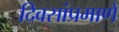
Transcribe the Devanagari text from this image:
दिवसांप्रमाणे